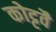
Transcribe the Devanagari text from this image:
कोट्टवै